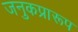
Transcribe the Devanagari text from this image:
जनुकप्रारूप